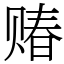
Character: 䞐